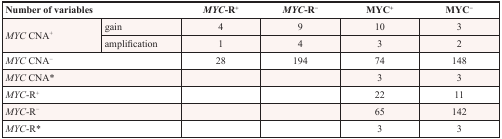
| <COLSPAN=2> Number of variables | MYC-R+ | MYC-R− | MYC+ | MYC− |
 | --- | --- | --- | --- | --- | --- |
 | <ROWSPAN=2> MYC CNA+ | gain | 4 | 9 | 10 | 3 |
 | amplification | 1 | 4 | 3 | 2 |
 | <COLSPAN=2> MYC CNA− | 28 | 194 | 74 | 148 |
 | <COLSPAN=2> MYC CNA* |  |  | 3 | 3 |
 | <COLSPAN=2> MYC-R+ |  |  | 22 | 11 |
 | <COLSPAN=2> MYC-R− |  |  | 65 | 142 |
 | <COLSPAN=2> MYC-R* |  |  | 3 | 3 |